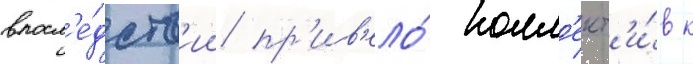
впосл'е́дств'ии пр'ив'ело́ колл'ект'и́в к